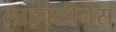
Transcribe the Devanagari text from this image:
लाइवलीनेस